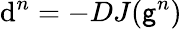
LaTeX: \mathrm{d}^{n}=-DJ(\mathsf{g}^{n})